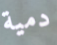
دمية